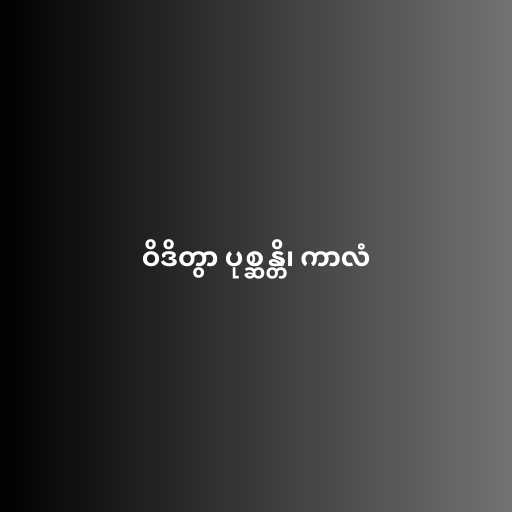
ဝိဒိတွာ ပုစ္ဆန္တိ၊ ကာလံ